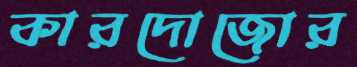
কারদোজোর